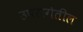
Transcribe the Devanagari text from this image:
उपरांगेतील